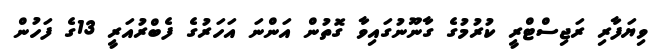
ވިޔަފާރި ރަޖިސްޓްރީ ކުރުމުގެ ގާނޫނުގައިވާ ގޮތުން އަންނަ އަހަރުގެ ފެބްރުއަރީ 13ގެ ފަހުން